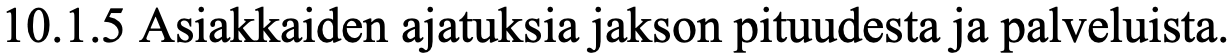
10.1.5 Asiakkaiden ajatuksia jakson pituudesta ja palveluista.